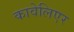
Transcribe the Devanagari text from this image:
कावेलिएर